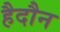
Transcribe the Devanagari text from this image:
हैदौन